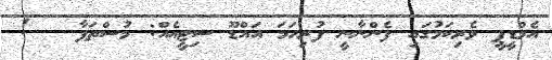
އެމްޑީޕީ ވެރިކަމުގައި ފެންނާނީ ފުރިހަމަ އައްޑޫ ސިޓީއެއް: މުސްތަފާ   !